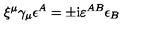
\xi ^ { \mu } \gamma _ { \mu } \epsilon ^ { A } = \pm \mathrm { i } \varepsilon ^ { A B } \epsilon _ { B }